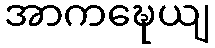
အာကဍ္ဎေယျ